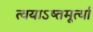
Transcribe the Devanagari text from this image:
त्वयाऽष्तमूर्त्या